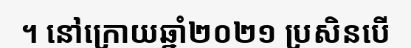
។ នៅក្រោយឆ្នាំ២០២១ ប្រសិនបើ